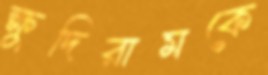
ক্ষুদিরামকে